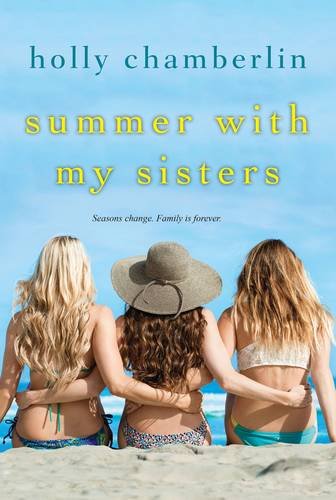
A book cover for Summer with My Sisters; Holly Chamberlin; Literature & Fiction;